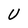
Character: U